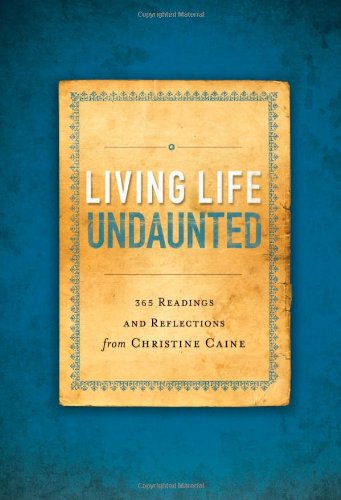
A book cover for Living Life Undaunted: 365 Readings and Reflections from Christine Caine; Christine Caine; Religion & Spirituality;